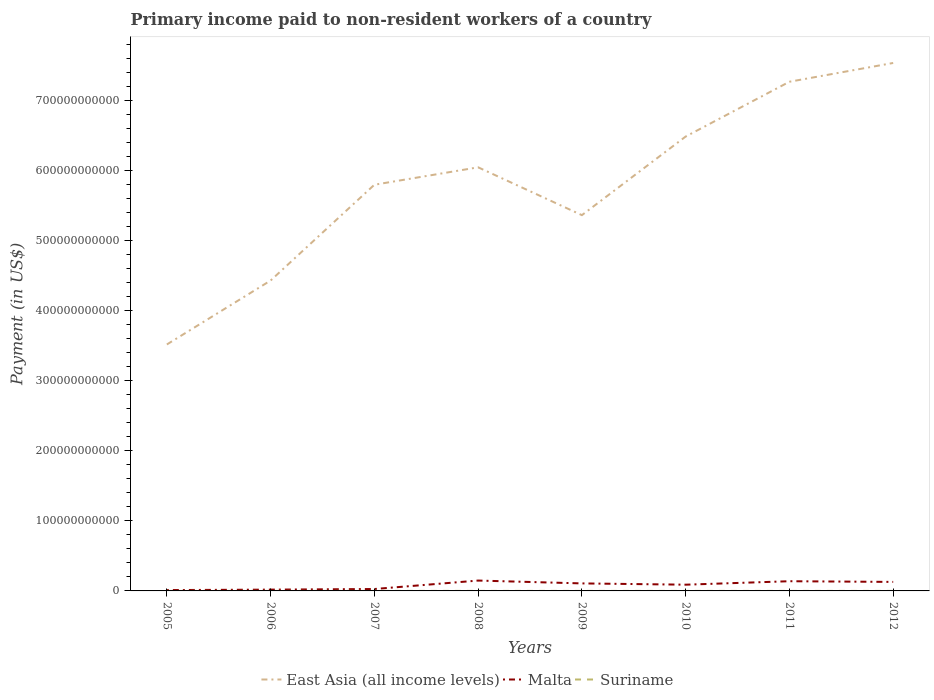
| Years | East Asia (all income levels) | Malta | Suriname |
 | --- | --- | --- | --- |
 | 2005 | 3.52e+11 | 1.21e+09 | 2.4e+07 |
 | 2006 | 4.43e+11 | 1.84e+09 | 2.5e+07 |
 | 2007 | 5.8e+11 | 2.71e+09 | 4.36e+07 |
 | 2008 | 6.05e+11 | 1.48e+10 | 4.22e+07 |
 | 2009 | 5.36e+11 | 1.07e+10 | 2.98e+07 |
 | 2010 | 6.48e+11 | 8.9e+09 | 2.61e+07 |
 | 2011 | 7.27e+11 | 1.38e+10 | 1.62e+07 |
 | 2012 | 7.53e+11 | 1.29e+10 | 2.71e+07 |